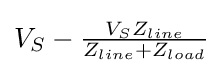
{\textstyle V_{S}-{\frac {V_{S}Z_{line}}{Z_{line}+Z_{load}}}}